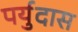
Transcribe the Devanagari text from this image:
पर्युदास